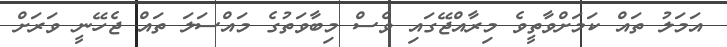
އަމަލު ތައް ކަމަށްވާތީވެ މިރާއްޖޭގައި ވެސް މިބާވަތުގެ މައްސަލަ ތައް ޖެހޭނީ ވަރަށް